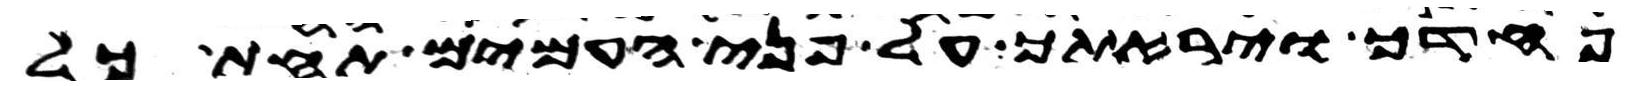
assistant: פחדך ויראתך על פני העמים תחת כל